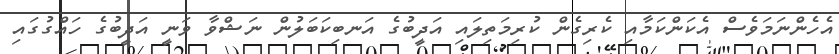
އެހެންނަމަވެސް އެކަންކަމާއި ކެރިގެން ކުރިމަތިލައި އަދީބުގެ އަނބިކަބަލުން ނަޝްވާ ވަނީ އަދީބުގެ ހައްގުގައި